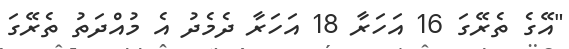
"އޭގެ ތެރޭގަ 16 އަހަރާ 18 އަހަރާ ދެމެދު އެ މުއްދަތު ތެރޭގަ